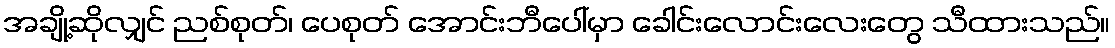
အချို့ဆိုလျှင် ညစ်စုတ်၊ ပေစုတ် အောင်းဘီပေါ်မှာ ခေါင်းလောင်းလေးတွေ သီထားသည်။